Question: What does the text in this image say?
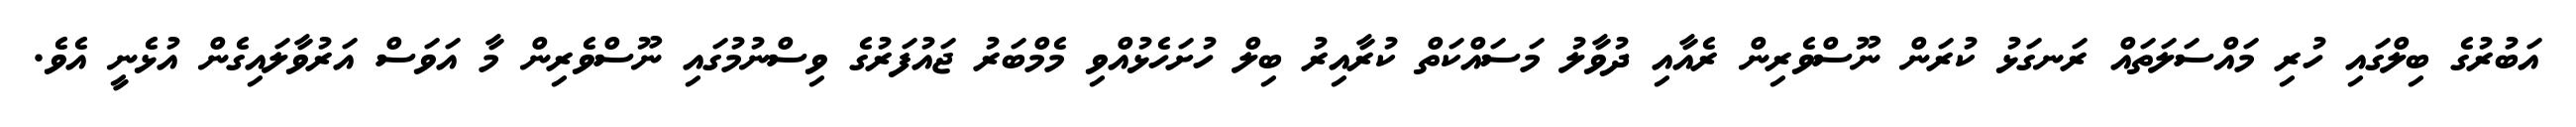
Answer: އަބުރުގެ ބިލްގައި ހުރި މައްސަލަތައް ރަނގަޅު ކުރަން ނޫސްވެރިން ރެއާއި ދުވާލު މަސައްކަތް ކުރާއިރު ބިލް ހުށަހެޅުއްވި މެމްބަރު ޖައުފަރުގެ ވިސްނުމުގައި ނޫސްވެރިން މާ އަވަސް އަރުވާލައިގެން އުޅެނީ އެވެ.